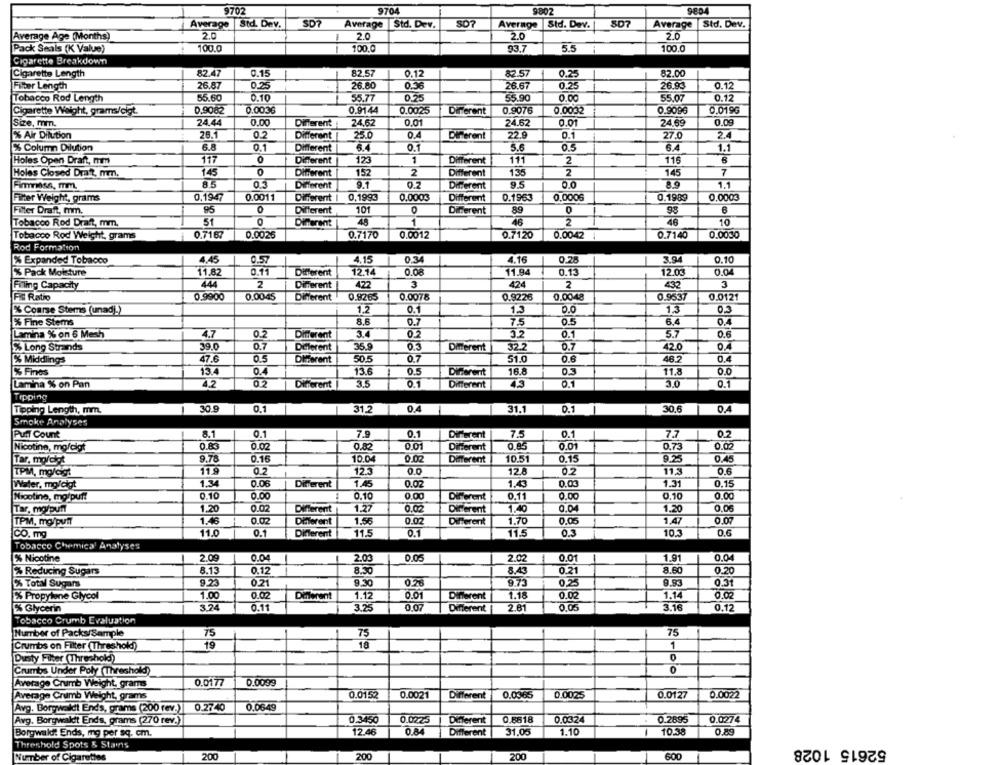
9702
9704
9802
Average
Std. Dev.
SD?
Average |Std. Dev.
Average
S07
Std. Dev.
Average
Std. Dev.
Average Age (Months)
2.0
2.0
2.0
2.0
--
100.0
5.5
Pack Seals (K Value)
100.0
93.7
100.0
Cigarette Breakdown
Cigarette Length
82.47
0.15
82,57
0.12
82.57
-
0.25
82.00
Filter Length
26.87
0.25
26.80
0.36
26.67
0.25
26.93
0.12
Tobacco Rod Length
55.60
0.10
55.77
0.25
55.90
0.00
55.07
0.12
Cigarette Weight, grams/cigt.
0.9082
0.0036
0.9144
0.0025
Different
0.9076
0.0032
0.9096
0.0196
Size, mm.
24.44
0.00
Different
24.62
0.01
24.62
0.01
24.69
0.09
% Air Dilution
26.1
0.2
Different
25.0
0.4
Diferent
22.9
0.1
27.0
2.4
6.8
% Column Dilution
0.1
Different
6.4
0.1
5.6
1.1
Holes Open Draft, mm
117
0
Different
123
1
Different
111
2
11
Holes Closed Draft, mm.
145
0
Different
152
2
Different
13
2
14
7
85
9.1
9.5
0.0
1.1
Firmness, mm.
Different
Different
Firer Weight, grams
0,1947
0.0011
Different
0,1993
0.0003
Different
0.1963
0,0006
0.1989
0.0003
Filler Draft, mm.
95
0
Different
101
Diferent
89
0
98
51
0
Different
48
1
46
2
46
10
Tobacco Rod Draft, mm.
Tobacco Rod Weight, grams
0.7167
0.0026
0.7170
0.0012
0.7120
0.0042
0.7140
0.0030
Rod Formation
% Expanded Tobacco
4,45
0.57
4.15
0.34
4.16
0.28
3.94
0.10
% Pack Moisture
11.82
0.11
Different
12.14
0.08
11.94
0.13
12.03
0.04
444
2
422
3
424
2
432
3
Filing Capacity
Different
FS Ratio
0.9900
0.0045
Different
0.8265
0.0078
0.9226
0.0048
0.9537
0.0121
Coarse Stems (unad))
1.2
0.1
12
0.0
1.3
0.3
% Fine Stems
8.6
0.7
7.5
0.5
6.4
0.4
Lamina % on 6 Mesh
4.7
0.2
Different
3.2
0.1
5.7
0.6
% Long Strands
39.0
0.7
Deferent
35.9
Different
32.2
0.7
42.0
0.4
% Middlings
47.6
0.5
Diiferent
5015
0.7
51.0
0.6
46.2
0.4
% Finos
13.4
0.4
13.6
0.5
Different
16.8
0.3
11.8
0.1
43
0.1
Lamina % on Pan
4.2
Different
Different
0.1
Tipping
Tipping Length, mm.
-
30.9
0.1
31.2
0.4
31.1
0.1
30.6
0.4
Smoke Analyses
Punt Count
8.1
0.1
7.9
0.1
Different
7.5
0.1
7.7
0.2
Nicotine, mo/cigt
0.02
0.82
Different
0.85
0.01
0.73
0.02
9.78
0.16
10.04
0.02
Different
10.51
0.15
9.25
0.45
Tar, mordigt
TPM, mg/cigt
11.9
0.2
123
0.0
12.8
0.2
11,3
0.6
1.34
0.06
1.45
0.02
1.43
0.03
1.31
0.15
Water, mg/cigt
Different
Nicotine, mg/puff
0.10
0.00
0.10
0.00
Different
0.11
0.00
0.10
0.00
Tar, morpunt
1.20
0.02
Different
1.27
0.02
Different
1.40
0.04
1.20
0.06
1.46
0.02
1.56
0.02
Different
0.05
0.07
TPM, mg/puff
Different
1.70
1,47
CO. mg
11.0
0.1
Different
11.5
0.1
11.5
0.3
10.3
0.6
Tobacco Chemical Analyses
% Nicotine
2.09
0.04
2.03
0.05
2.02
0.01
1.91
0.04
% Reducing Sugars
8.13
0.12
8.30
8.43
0.21
8.60
0.20
9.23
0.21
9.30
9.71
9.93
0.31
% Total Sugars
0,25
% Propylene Glycol
1.00
0.02
Different
1.12
0.01
Different
1.18
0.02
1.14
0.02
% Glycerin
3.24
0.11
3.25
0.07
Different
2.81
0.05
3.16
0.12
Tobacco Crumb Evaluation
Number of Packs/Sample
75
75
75
Crumbs on Filter (Threshold)
19
18
1
Dusty Filter (Threshold)
Crumbs Under Poly (Threshold)
0
0.0177
0.0039
Average Crumb Weight, grams
Average Crumb Weight, grams
0.0152
0.0021
Different
0.0365
0.0025
0.0127
0.0022
Avg. Borgwaldt Ends, grams (200 rev.)
0.2740
0.0649
0.3450
0.0225
Different
0.8518
0.0324
0.2695
0.0274
Avg. Borgwaldt Ends, grams (270 rev.)
Borywaldt Ends, mg per sq. cm.
12.46
0.84
Different
31.05
1.10
10.38
0.89
52615 1028
shold Spots & Stains
Number of Cigarettes
200
200
200
600